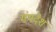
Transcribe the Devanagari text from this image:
गंगदेश